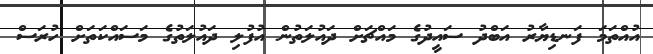
އުއްތަމަ ފަނޑިޔާރު އަބްދު ސައީދުގެ މައްޗަށް ދައުލަތުން އުފުލި ދައުލަތުގެ މަސައްކަތަށް ހުރަސް